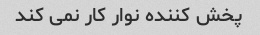
پخش کننده نوار کار نمی کند